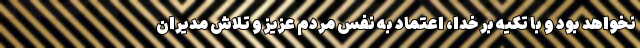
نخواهد بود و با تکیه بر خدا، اعتماد به نفس مردم عزیز و تلاش مدیران